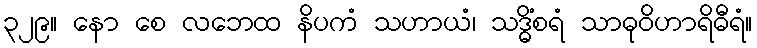
၃၂၉။ နော စေ လဘေထ နိပကံ သဟာယံ၊ သဒ္ဓိံစရံ သာဓုဝိဟာရိဓီရံ။